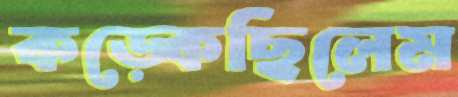
কড়্‌কেছিলেম